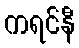
ကရင်နီ